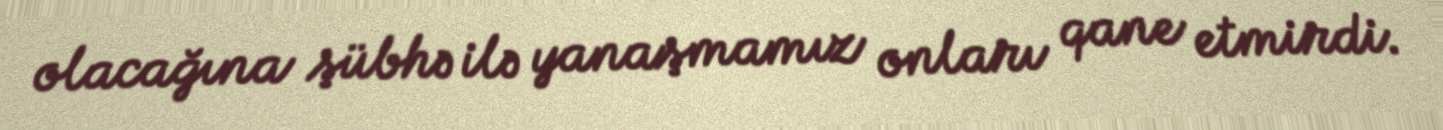
olacağına şübhə ilə yanaşmamız onları qane etmirdi.